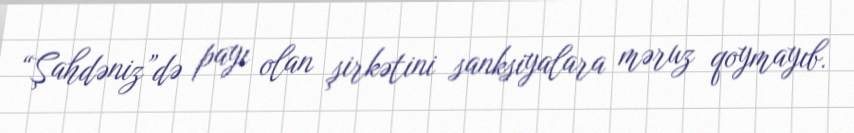
“Şahdəniz”də payı olan şirkətini sanksiyalara məruz qoymayıb.